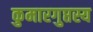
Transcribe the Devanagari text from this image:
कुमारगुप्तस्य